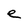
Character: e